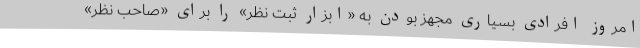
امروز افرادی بسیاری مجهز بودن به «ابزار ثبت نظر» را برای «صاحبِ نظر»